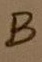
Text: B